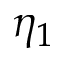
\eta _ { 1 }